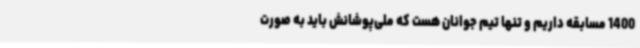
1400 مسابقه داریم و تنها تیم جوانان هست که ملی‌پوشانش باید به صورت